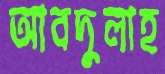
আবদুলাহ